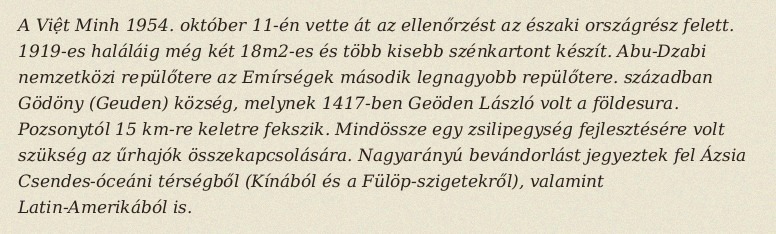
A Việt Minh 1954. október 11-én vette át az ellenőrzést az északi országrész felett. 1919-es haláláig még két 18m2-es és több kisebb szénkartont készít. Abu-Dzabi nemzetközi repülőtere az Emírségek második legnagyobb repülőtere. században Gödöny (Geuden) község, melynek 1417-ben Geöden László volt a földesura. Pozsonytól 15 km-re keletre fekszik. Mindössze egy zsilipegység fejlesztésére volt szükség az űrhajók összekapcsolására. Nagyarányú bevándorlást jegyeztek fel Ázsia Csendes-óceáni térségből (Kínából és a Fülöp-szigetekről), valamint Latin-Amerikából is.